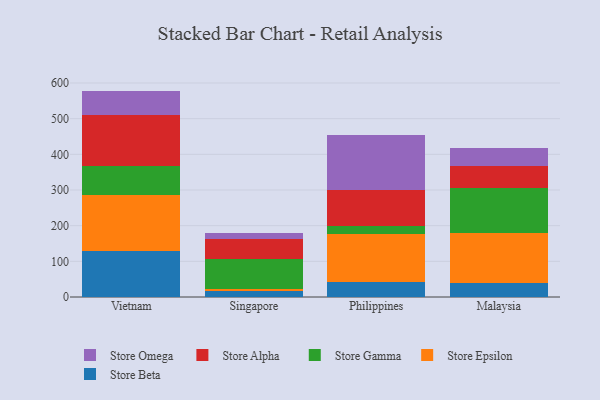
{"axis": {"x": "Country", "y": "Market Share (%)"}, "legend": ["Store Alpha", "Store Beta", "Store Epsilon", "Store Gamma", "Store Omega"], "data": [{"x": "Vietnam", "y": 127.9, "type": "Store Beta"}, {"x": "Vietnam", "y": 159.3, "type": "Store Epsilon"}, {"x": "Vietnam", "y": 79.0, "type": "Store Gamma"}, {"x": "Vietnam", "y": 145.1, "type": "Store Alpha"}, {"x": "Vietnam", "y": 66.7, "type": "Store Omega"}, {"x": "Singapore", "y": 15.7, "type": "Store Beta"}, {"x": "Singapore", "y": 6.6, "type": "Store Epsilon"}, {"x": "Singapore", "y": 84.4, "type": "Store Gamma"}, {"x": "Singapore", "y": 54.9, "type": "Store Alpha"}, {"x": "Singapore", "y": 17.5, "type": "Store Omega"}, {"x": "Philippines", "y": 41.6, "type": "Store Beta"}, {"x": "Philippines", "y": 133.9, "type": "Store Epsilon"}, {"x": "Philippines", "y": 23.4, "type": "Store Gamma"}, {"x": "Philippines", "y": 101.3, "type": "Store Alpha"}, {"x": "Philippines", "y": 152.9, "type": "Store Omega"}, {"x": "Malaysia", "y": 38.1, "type": "Store Beta"}, {"x": "Malaysia", "y": 140.1, "type": "Store Epsilon"}, {"x": "Malaysia", "y": 126.2, "type": "Store Gamma"}, {"x": "Malaysia", "y": 62.1, "type": "Store Alpha"}, {"x": "Malaysia", "y": 50.2, "type": "Store Omega"}]}